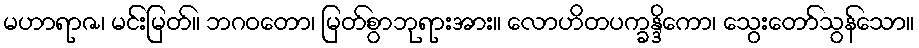
မဟာရာဇ၊ မင်းမြတ်။ ဘဂဝတော၊ မြတ်စွာဘုရားအား။ လောဟိတပက္ခန္ဒိကော၊ သွေးတော်သွန်သော။